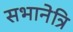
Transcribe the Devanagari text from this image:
सभानेत्रि